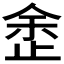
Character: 𣥳